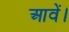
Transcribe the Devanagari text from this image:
आवें।